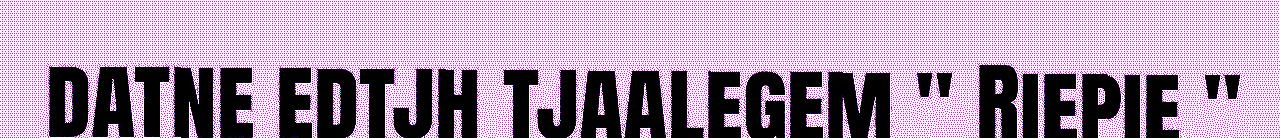
datne edtjh tjaalegem " Riepie "